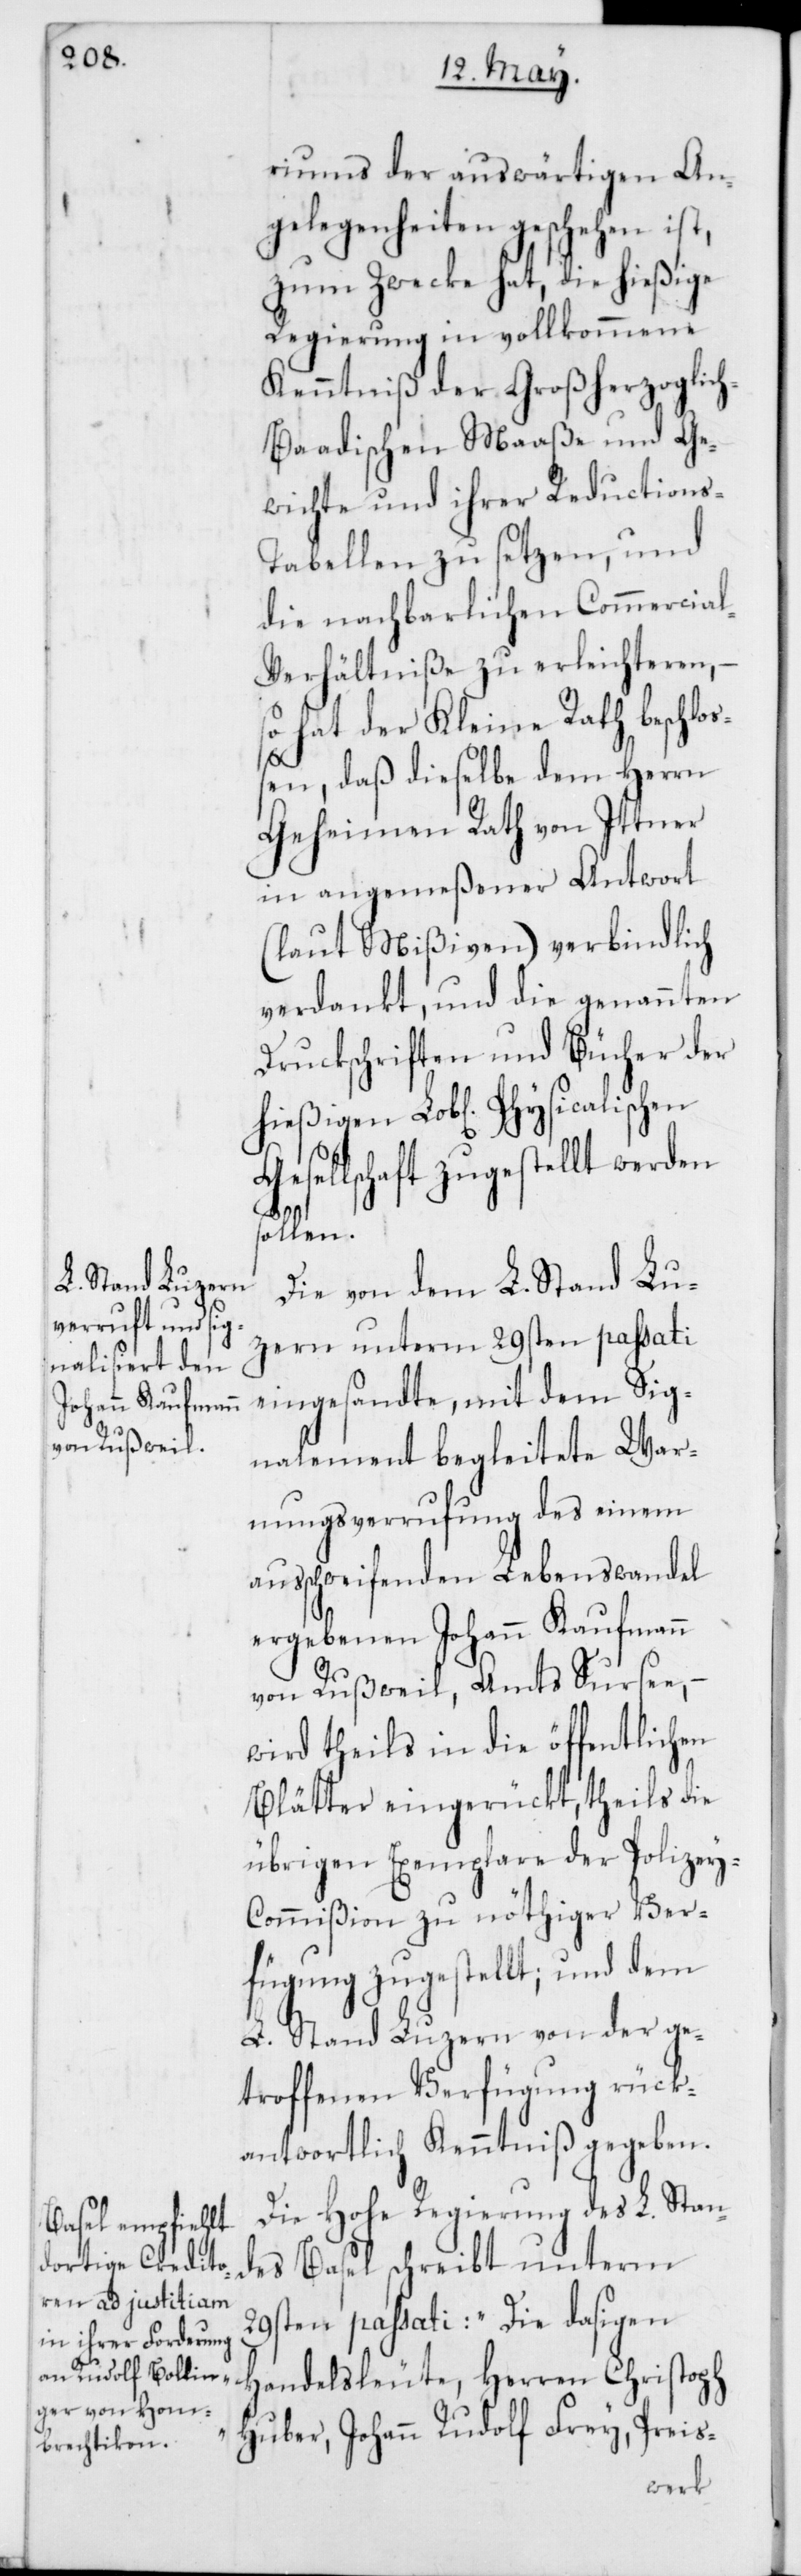
riums der auswärtigen An¬
gelegenheiten geschehen ist,
zum Zwecke hat, die hießige
Regierung in vollkommene
Kenntniß der Großherzoglic¬
h-Baadischen Maaße und Ge¬
wichte und ihrer Reductions-T¬
abellen zu setzen, und
die nachbarlichen Commercia¬
l-Verhältniße zu erleichteren, –
so hat der Kleine Rath beschloß¬
en, daß dieselbe dem Herrn
Geheimen Rath von Ittner
in angemeßener Antwort
(laut Mißiven) verbindlich
verdankt, und die genannten
Druckschriften und Bücher der
hießigen Lobl. Physicalischen
Gesellschaft zugestellt werden
sollen.
Die von dem L. Stand Lu¬
zern unterm 29sten passati
eingesandte, mit dem Sig¬
nalement begleitete War¬
nungsverrufung des einem
ausschweifenden Lebenswandel
ergebenen Johann Kaufmann
von Rußweil, Amts Sursee, –
wird theils in die öffentlichen
Blätter eingerückt, theils die
übrigen Exemplare der Polizey-C¬
ommißion zu nöthiger Ver¬
fügung zugestellt; und dem
L. Stand Luzern von der ge¬
troffenen Verfügung rück¬
antwortlich Kenntniß gegeben.
Die Hohe Regierung des L. Stan¬
des Basel schreibt unterm
29sten passati: „Die dasigen
Handelsleute, Herren Christoph
Huber, Johann Rudolf Frey, Preis-